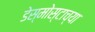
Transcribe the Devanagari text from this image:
डेस्मोस्टाच्या